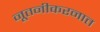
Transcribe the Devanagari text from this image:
नूतनीकरनात